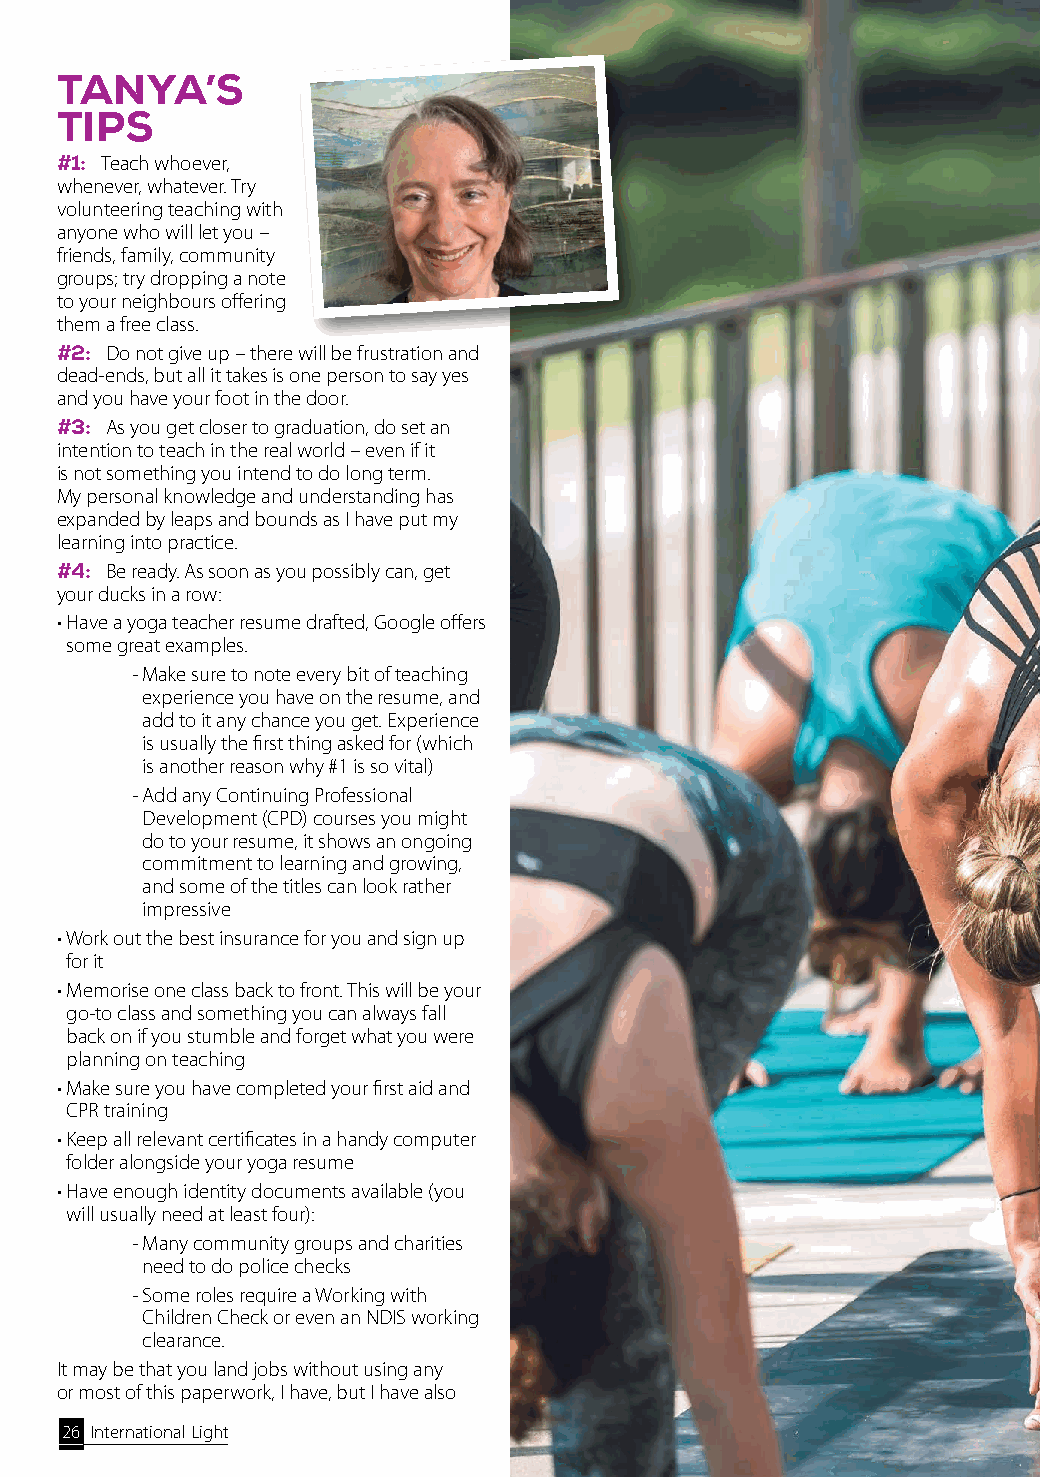
TANYA’S
 TIPS
 #1: Teach whoever,
 whenever, whatever. Try
 volunteering teaching with
 anyone who will let you –
 friends, family, community
 groups; try dropping a note
 to your neighbours offering
 them a free class.
 #2: Do not give up – there will be frustration and
 dead-ends, but all it takes is one person to say yes
 and you have your foot in the door.
 #3: As you get closer to graduation, do set an
 intention to teach in the real world – even if it
 is not something you intend to do long term.
 My personal knowledge and understanding has
 expanded by leaps and bounds as I have put my
 learning into practice.
 #4: Be ready. As soon as you possibly can, get
 your ducks in a row:
 • Have a yoga teacher resume drafted, Google offers
 some great examples.
 - Make sure to note every bit of teaching
 experience you have on the resume, and
 add to it any chance you get. Experience
 is usually the first thing asked for (which
 is another reason why #1 is so vital)
 - Add any Continuing Professional
 Development (CPD) courses you might
 do to your resume, it shows an ongoing
 commitment to learning and growing,
 and some of the titles can look rather
 impressive
 • Work out the best insurance for you and sign up
 for it
 • Memorise one class back to front. This will be your
 go-to class and something you can always fall
 back on if you stumble and forget what you were
 planning on teaching
 • Make sure you have completed your first aid and
 CPR training
 • Keep all relevant certificates in a handy computer
 folder alongside your yoga resume
 • Have enough identity documents available (you
 will usually need at least four):
 - Many community groups and charities
 need to do police checks
 - Some roles require a Working with
 Children Check or even an NDIS working
 clearance.
 It may be that you land jobs without using any
 or most of this paperwork, I have, but I have also
 26 International Light